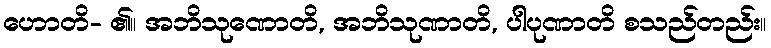
ဟောတိ- ၏။ အဘိသုဏောတိ, အဘိသုဏာတိ, ပါပုဏာတိ စသည်တည်း။